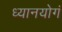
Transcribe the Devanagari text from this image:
ध्यानयोगं